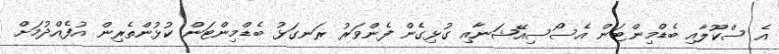
އެ ސްކޫލާއި ބެޑްމިންޓަން އެސޯސިއޭޝަނާއި ގުޅިގެން ފެންވަރު ރަނގަޅު ބެޑްމިންޓަން ކުޅުންތެރިން އުފެއްދުމަށް